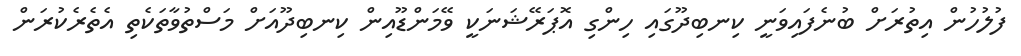
ފުލުހުން އިތުރަށް ބުނެފައިވަނީ ކިނބިދޫގައި ހިންގި އޮޕަރޭޝަނަކީ ވޭމަންޑޫއިން ކިނބިދޫއަށް މަސްތުވާތަކެތި އެތެރެކުރަން